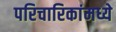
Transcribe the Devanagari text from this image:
परिचारिकांमध्ये